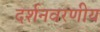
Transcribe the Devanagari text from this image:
दर्शनवरणीय